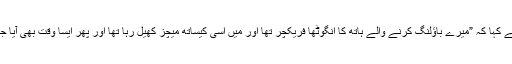
تفصیلات کے مطابق ایک انٹرویو میں شاہین شاہ آفریدی نے کہا کہ ”میرے باﺅلنگ کرنے والے ہاتھ کا انگوٹھا فریکچر تھا اور میں اسی کیساتھ میچز کھیل رہا تھا اور پھر ایسا وقت بھی آیا جب میں نے سوچ لیا کہ اب میں مزید میچز نہیں کھیلوں گا۔